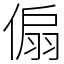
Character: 傓